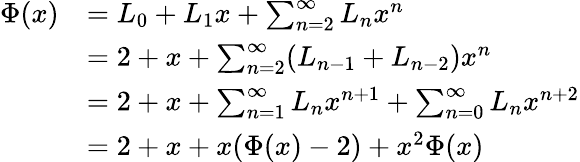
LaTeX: {\begin{array}{rl}{\Phi(x)}&{=L_{0}+L_{1}x+\sum_{n=2}^{\infty}L_{n}x^{n}}\\ &{=2+x+\sum_{n=2}^{\infty}(L_{n-1}+L_{n-2})x^{n}}\\ &{=2+x+\sum_{n=1}^{\infty}L_{n}x^{n+1}+\sum_{n=0}^{\infty}L_{n}x^{n+2}}\\ &{=2+x+x(\Phi(x)-2)+x^{2}\Phi(x)}\end{array}}